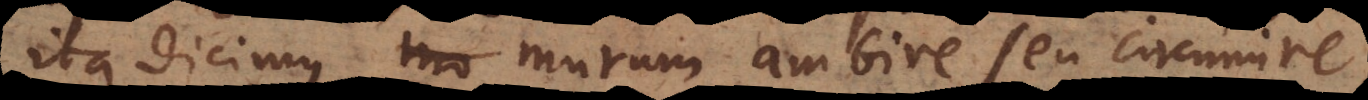
ita dicimus murum ambire seu circumire